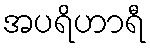
အပရိဟာရီ